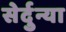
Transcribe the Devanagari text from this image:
सेर्दुन्या